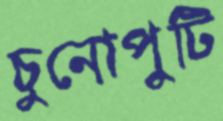
চুনোপুটি